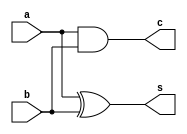
`timescale 1ns / 1ps
//////////////////////////////////////////////////////////////////////////////////
// Company:
// Engineer:
//
// Design Name:
// Module Name: Half_Adder
// Project Name:
// Target Devices:
// Tool Versions:
// Description:
//
// Dependencies:
//
// Revision:
// Revision 0.01 - File Created
// Additional Comments:
//
//////////////////////////////////////////////////////////////////////////////////


module HA(a,b,s,c);
    input a,b;
    output s,c;

    assign s=a^b;
    assign c=a&b;
endmodule